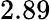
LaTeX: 2.89